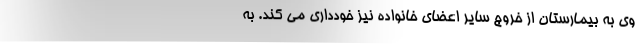
وی به بیمارستان از خروج سایر اعضای خانواده نیز خودداری می کند. به